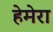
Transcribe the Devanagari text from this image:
हेमेरा